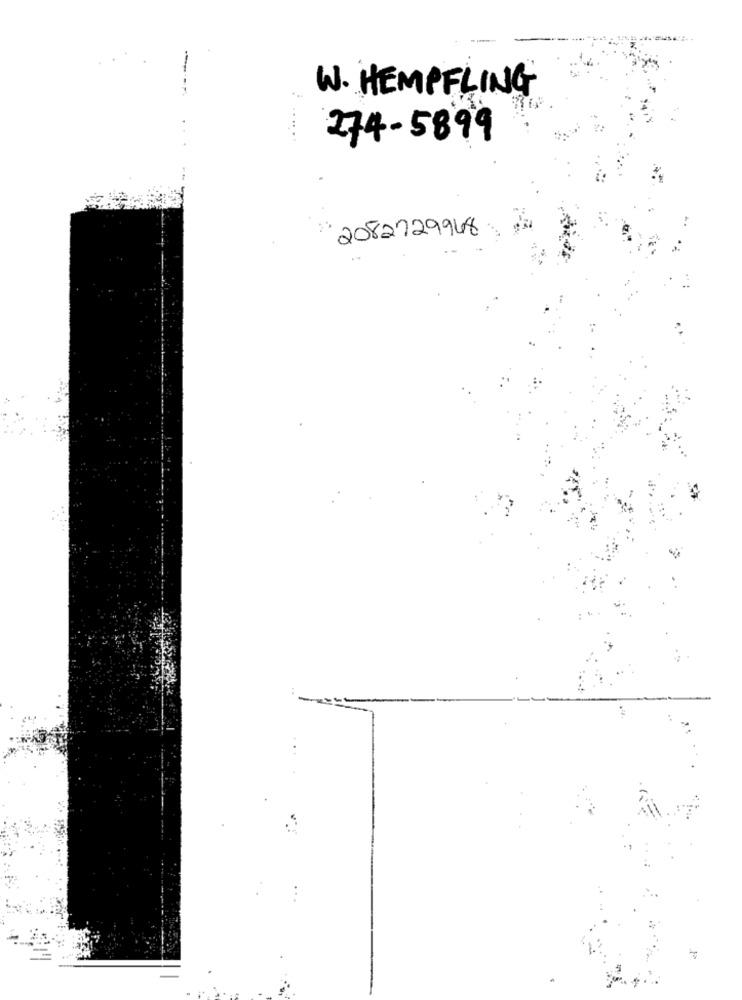
-
W. HEMPFLING
274-5899
2082729948